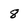
Character: 8